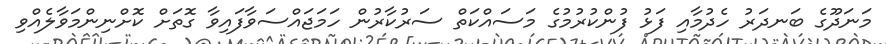
މަނަދޫގެ ބަނދަރު ހެދުމާއި ފަޅު ފުންކުރުމުގެ މަސައްކަތް ސަރުކާރުން ހަމަޖައްސަވާފައިވާ ގޮތަށް ކޮށްނިންމަވާލެއްވި